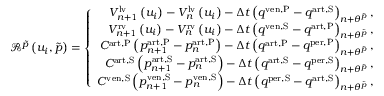
\begin{array} { r } { \mathscr { R } ^ { \tilde { p } } \left( u _ { i } , \tilde { p } \right) = \left\{ \begin{array} { r l } { V _ { n + 1 } ^ { \mathrm { l v } } \left( u _ { i } \right) - V _ { n } ^ { \mathrm { l v } } \left( u _ { i } \right) - \Delta t \left( q ^ { \mathrm { v e n , P } } - q ^ { \mathrm { a r t , S } } \right) _ { n + \theta ^ { \tilde { p } } } , } & { } \\ { V _ { n + 1 } ^ { \mathrm { r v } } \left( u _ { i } \right) - V _ { n } ^ { \mathrm { r v } } \left( u _ { i } \right) - \Delta t \left( q ^ { \mathrm { v e n , S } } - q ^ { \mathrm { a r t , P } } \right) _ { n + \theta ^ { \tilde { p } } } , } & { } \\ { C ^ { \mathrm { a r t , P } } \left( p _ { n + 1 } ^ { \mathrm { a r t , P } } - p _ { n } ^ { \mathrm { a r t , P } } \right) - \Delta t \left( q ^ { \mathrm { a r t , P } } - q ^ { \mathrm { p e r , P } } \right) _ { n + \theta ^ { \tilde { p } } } , } & { } \\ { C ^ { \mathrm { a r t , S } } \left( p _ { n + 1 } ^ { \mathrm { a r t , S } } - p _ { n } ^ { \mathrm { a r t , S } } \right) - \Delta t \left( q ^ { \mathrm { a r t , S } } - q ^ { \mathrm { p e r , S } } \right) _ { n + \theta ^ { \tilde { p } } } , } & { } \\ { C ^ { \mathrm { v e n , S } } \left( p _ { n + 1 } ^ { \mathrm { v e n , S } } - p _ { n } ^ { \mathrm { v e n , S } } \right) - \Delta t \left( q ^ { \mathrm { p e r , S } } - q ^ { \mathrm { a r t , S } } \right) _ { n + \theta ^ { \tilde { p } } } , } & { } \end{array} \right. } \end{array}